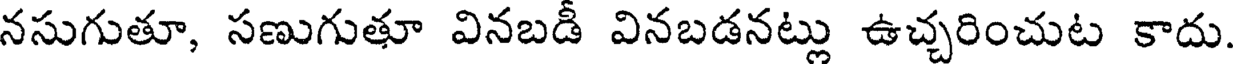
నసుగుతూ, సణుగుతూ వినబడీ వినబడనట్లు ఉచ్చరించుట కాదు.